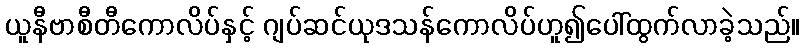
ယူနီဗာစီတီကောလိပ်နှင့် ဂျပ်ဆင်ယုဒသန်ကောလိပ်ဟူ၍ပေါ်ထွက်လာခဲ့သည်။